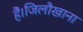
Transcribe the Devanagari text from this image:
हैं।जिलौखाना